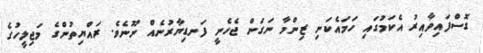
ގޮސްފައިވާއިރު އެކަމުގައި ހަމައެކަނި ޒިންމާ ނަގަން ޖެހެނީ ފަނޑިޔާރުނެއް ނޫނެވެ. ރައްޔިތުންގެ މަޖިލީހުގެ